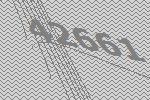
42661